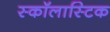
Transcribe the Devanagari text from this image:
स्कॉलास्टिक